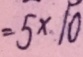
= 5 \times 1 0